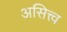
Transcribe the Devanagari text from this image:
असित्त्व